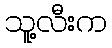
သူ့လီးက